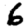
Digit: 6